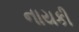
નાયકી